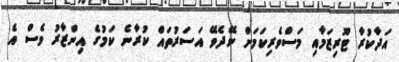
އަދާކުރާ ޓޫރިޒަމާއި މަސްވެރިކަމަށް ނޭދެވޭ އަސަރުތައް ކުރާނެ ކަމުގެ އިންޒާރު ވެސް އެ